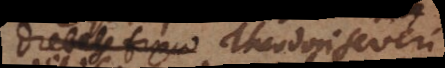
Theodori Severi